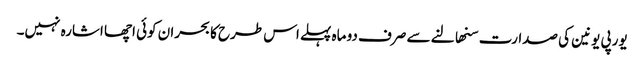
یورپی یونین کی صدارت سنھالنے سے صرف دو ماہ پہلے اس طرح کا بحران کوئی اچھا اشارہ نہیں۔